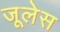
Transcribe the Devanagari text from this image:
जूलेस